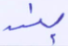
بند